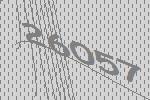
26057